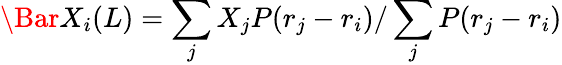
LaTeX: \Bar{X}_{i}(L)=\sum_{j}X_{j}P(r_{j}-r_{i})/\sum_{j}P(r_{j}-r_{i})